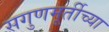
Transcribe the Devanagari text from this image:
सगुणमूर्तीच्या